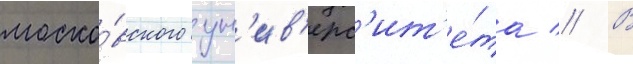
моско́вского ун'ив'ерс'ит'е́та // В